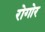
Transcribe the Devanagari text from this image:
रोगोर